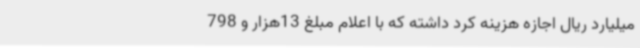
میلیارد ریال اجازه هزینه کرد داشته که با اعلام مبلغ 13هزار و 798